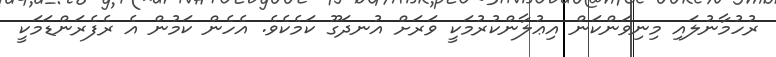
ރުހުމާނުލައި މިނިވަންކަން އިޢުލާންކުރުމަކީ ވަރަށް އުނދަގޫ ކަމެކެވެ. އެހެން ކަމުން އެ ރެފެރަންޑަމަކީ